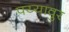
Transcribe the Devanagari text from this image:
पय्यावुर